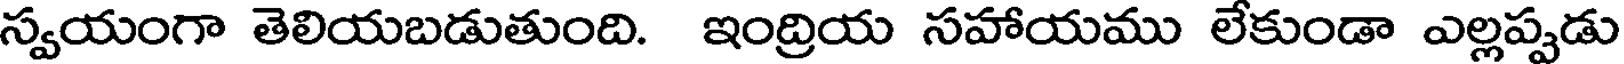
స్వయంగా తెలియబడుతుంది. ఇంద్రియ సహాయము లేకుండా ఎల్లప్పడు